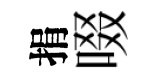
捐啜